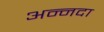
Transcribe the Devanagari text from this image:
अन्नदा